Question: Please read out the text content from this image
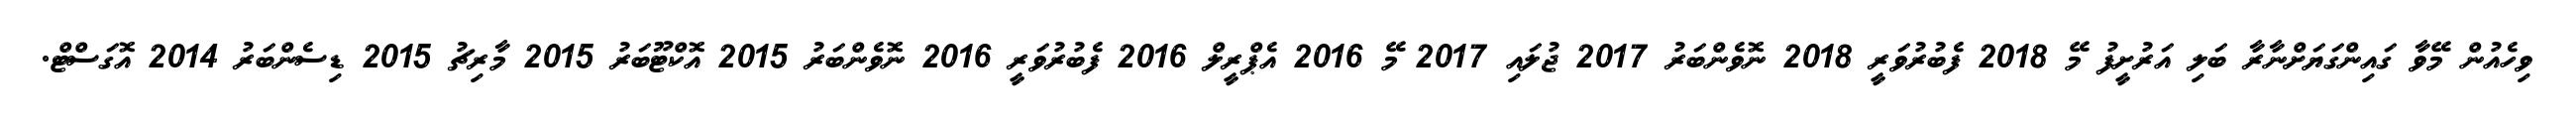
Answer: ވިހެއުން މޭވާ ގައިންގަޔަށްނާރާ ބަލި އަރުށީފު މޭ 2018 ފެބުރުވަރީ 2018 ނޮވެންބަރު 2017 ޖުލައި 2017 މޭ 2016 އެޕްރީލް 2016 ފެބުރުވަރީ 2016 ނޮވެންބަރު 2015 އޮކްޓޫބަރު 2015 މާރިޗު 2015 ޑިސެންބަރު 2014 އޮގަސްޓް.